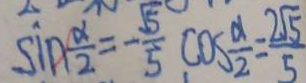
\sin \frac { \alpha } { 2 } = - \frac { \sqrt { 5 } } { 5 } , \cos \frac { \alpha } { 2 } = \frac { 2 \sqrt { 5 } } { 5 }